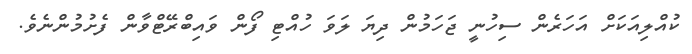
ކުއްލިއަކަށް އަހަރެން ސިހުނީ ޖަހަމުން ދިޔަ ލަވަ ހުއްޓި ފޯން ވައިބްރޭޓްވާން ފެށުމުންނެވެ.